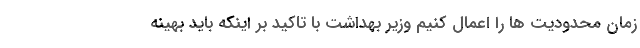
زمان محدودیت ها را اعمال کنیم وزیر بهداشت با تاکید بر اینکه باید بهینه